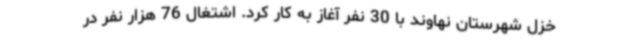
خزل شهرستان نهاوند با 30 نفر آغاز به کار کرد. اشتغال 76 هزار نفر در